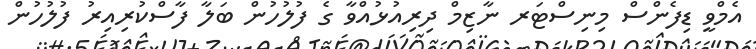
އެމްވީ ޑިފެންސް މިނިސްޓަރ ނާޒިމް ދިރިއުޅުއްވާ ގެ ފުލުހުން ބަލާ ފާސްކުރިއިރު ފުލުހުން